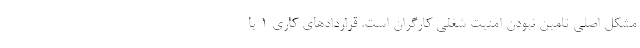
مشکل اصلی تامین نبودن امنیت شغلی کارگران است. قراردادهای کاری ۱ یا